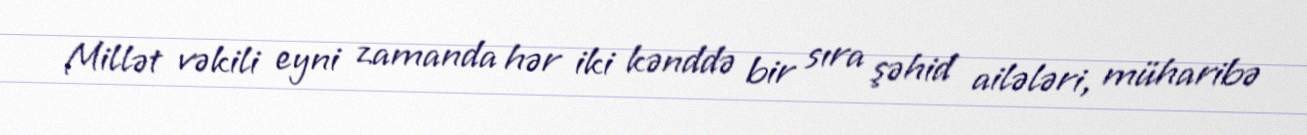
Millət vəkili eyni zamanda hər iki kənddə bir sıra şəhid ailələri, müharibə